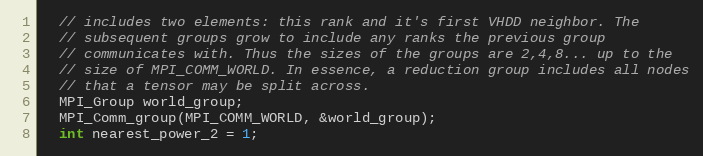
Language: C++
  // includes two elements: this rank and it's first VHDD neighbor. The
  // subsequent groups grow to include any ranks the previous group
  // communicates with. Thus the sizes of the groups are 2,4,8... up to the
  // size of MPI_COMM_WORLD. In essence, a reduction group includes all nodes
  // that a tensor may be split across.
  MPI_Group world_group;
  MPI_Comm_group(MPI_COMM_WORLD, &world_group);
  int nearest_power_2 = 1;